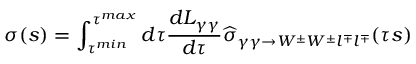
\sigma ( s ) = \int _ { \tau ^ { m i n } } ^ { \tau ^ { m a x } } d \tau \frac { d L _ { \gamma \gamma } } { d \tau } \widehat { \sigma } _ { \gamma \gamma \rightarrow W ^ { \pm } W ^ { \pm } l ^ { \mp } l ^ { \mp } } ( \tau s )